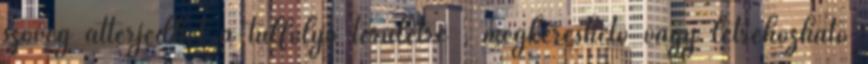
szöveg átterjedhet a túlfolyó területre , megkereshető vagy létrehozható